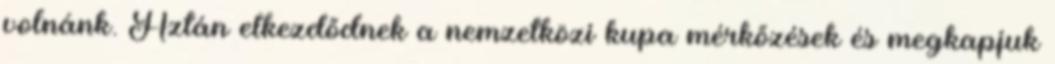
volnánk. Aztán elkezdődnek a nemzetközi kupa mérkőzések és megkapjuk